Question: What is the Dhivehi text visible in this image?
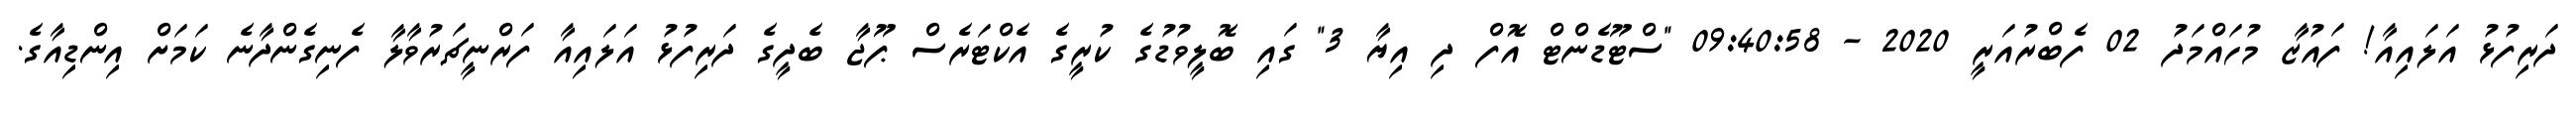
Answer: ދަރިފުޅު އަލައިއާ! ފައުޒާ މުހައްމަދު 02 ފެބްރުއަރީ 2020 - 09:40:58 "ސްޓޫޑެންޓް އޮފް ދި އިޔާ 3" ގައި ބޮލީވުޑުގެ ކުރީގެ އެކްޓަރެސް ޕޫޖާ ބެދީގެ ދަރިފުޅު އަލައިއާ ފަރްނީޗަރުވާލާ ފެނިގެންދާނެ ކަމަށް އިންޑިއާގެ.